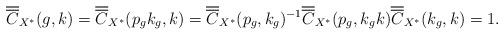
LaTeX: \begin{align*}\overline{\overline{C}}_{X^{\ast}}(g,k)=\overline{\overline{C}}_{X^{\ast}}(p_gk_g,k)&=\overline{\overline{C}}_{X^{\ast}}(p_g, k_g)^{-1}\overline{\overline{C}}_{X^{\ast}}(p_g,k_gk)\overline{\overline{C}}_{X^{\ast}}(k_g,k)=1.\end{align*}